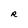
Character: R